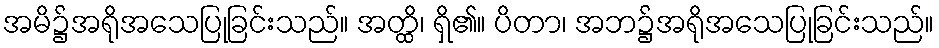
အမိ၌အရိုအသေပြုခြင်းသည်။ အတ္ထိ၊ ရှိ၏။ ပိတာ၊ အဘ၌အရိုအသေပြုခြင်းသည်။